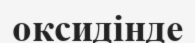
оксидінде